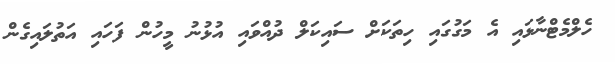
ހެލްމެޓްނާޅައި އެ މަގުގައި ހިތަކަށް ސައިކަލް ދުއްވައި އުޅުނު މީހުން ފަހައި އަތުލައިގެން